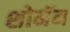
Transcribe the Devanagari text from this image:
शोमॅन